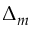
\Delta _ { m }